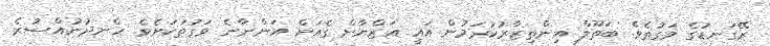
ރޭގަނޑުގެ ވަގުތެވެ. ބަތޫލް އިންތިޒާރުކުރަމުން އައީ އަޒްޔާން ގެއަށް އަންނާނެ ވަގުތަކަށެވެ. ހެނދުނުއްސުރެ